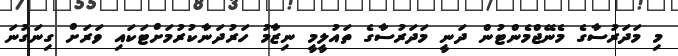
މި މަދަރުސާގެ މެނޭޖްމެންޓުން ދަނީ މަދަރުސާގެ ތައުލީމީ ނިޒާމު ހަރުދަނާކުރުމަށްޓަކައި ވަރަށް ގިނަގުނަ